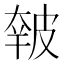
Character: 𰤭